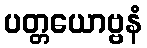
ပတ္တယောဗ္ဗနံ